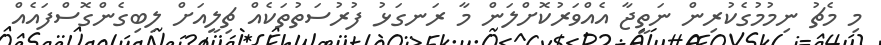
މި މެޗު ނިމުމުގެކުރިން ނަތީޖާ އެއްވަރުކޮށްލަން މާ ރަނގަޅު ފުރުސަތުތަކެއް ޗިލީއަށް ލިބިގެންގޮސްފައެއް